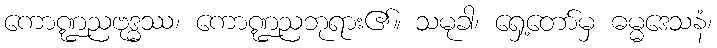
ကောဏ္ဍညဗုဒ္ဓဿ၊ ကောဏ္ဍညဘုရား၏။ သမုခါ၊ ရှေ့တော်မှ ဓမ္မဒေသနံ၊